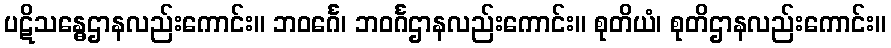
ပဋိသန္ဓေဌာနလည်းကောင်း။ ဘဝင်္ဂေ၊ ဘဝင်္ဂဌာနလည်းကောင်း။ စုတိယံ၊ စုတိဌာနလည်းကောင်း။